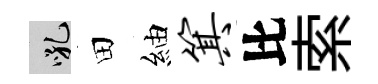
吼田紬箕比索